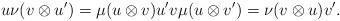
LaTeX: \begin{align*}u\nu(v\otimes u')=\mu(u\otimes v)u'v\mu(u\otimes v')=\nu(v\otimes u)v'.\end{align*}